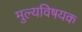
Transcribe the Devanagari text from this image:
मुल्यविषयक